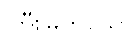
ကြီးမြတ်သော